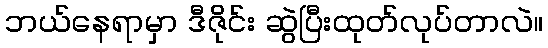
ဘယ်နေရာမှာ ဒီဇိုင်း ဆွဲပြီးထုတ်လုပ်တာလဲ။